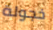
خجولة